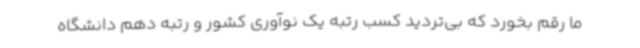
ما رقم بخورد که بی‌تردید کسب رتبه یک نوآوری کشور و رتبه دهم دانشگاه